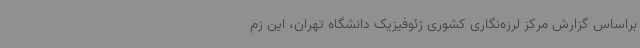
براساس گزارش مرکز لرزه‌نگاری کشوری ژئوفیزیک دانشگاه تهران، این زم